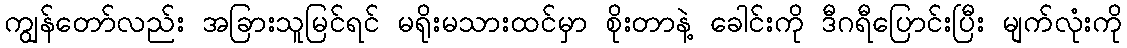
ကျွန်တော်လည်း အခြားသူမြင်ရင် မရိုးမသားထင်မှာ စိုးတာနဲ့ ခေါင်းကို ဒီဂရီပြောင်းပြီး မျက်လုံးကို